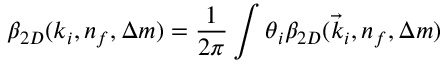
\beta _ { 2 D } ( k _ { i } , n _ { f } , \Delta m ) = \frac { 1 } { 2 \pi } \int \d \theta _ { i } \beta _ { 2 D } ( \vec { k } _ { i } , n _ { f } , \Delta m )